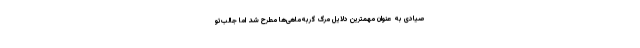
صیادی به عنوان مهمترین دلایل مرگ گربه‌ماهی‌ها مطرح شد اما جالب‌تو